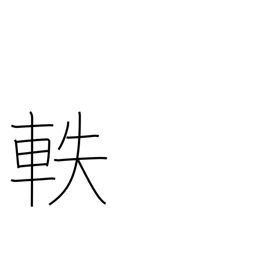
Meaning: pass along